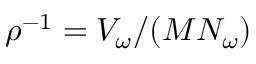
\rho ^ { - 1 } = V _ { \omega } / ( M N _ { \omega } )